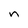
Character: n